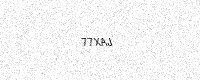
Text: 77XAJ